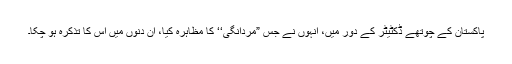
پاکستان کے چوتھے ڈکٹیٹر کے دور میں، انہوں نے جس ”مردانگی‘‘ کا مظاہرہ کیا، ان دنوں میں اس کا تذکرہ ہو چکا۔